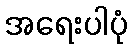
အရေးပါပုံ